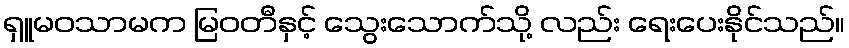
ရှူမဝသာမက မြဝတီနှင့် သွေးသောက်သို့ လည်း ရေးပေးနိုင်သည်။